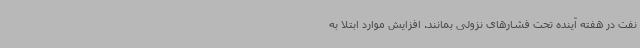
نفت در هفته آینده تحت فشارهای نزولی بمانند. افزایش موارد ابتلا به